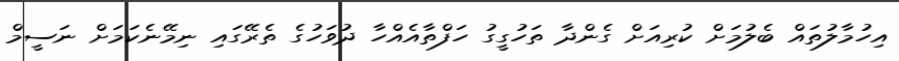
އިހުމާލުތައް ބެލުމަށް ކުރިއަށް ގެންދާ ތަހުގީގު ހަފްތާއެއްހާ ދުވަހުގެ ތެރޭގައި ނިމޭނެކަމަށް ނަސީމް